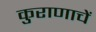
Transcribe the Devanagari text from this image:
कुराणाचें